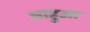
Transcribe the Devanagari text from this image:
आहुआ